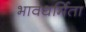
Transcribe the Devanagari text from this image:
भावधर्मिता